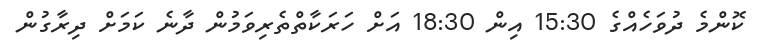
ކޮންމެ ދުވަހެއްގެ 15:30 އިން 18:30 އަށް ހަރަކާތްތެރިވަމުން ދާނެ ކަމަށް ދިރާގުން